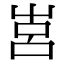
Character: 𡴗